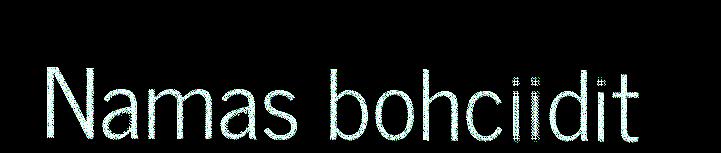
Namas bohciidit